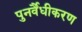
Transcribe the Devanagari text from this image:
पुनर्वैधीकरण